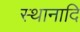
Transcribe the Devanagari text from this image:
स्थानादि